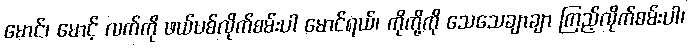
မောင်၊ မောင့် လက်ကို ဖယ်ပစ်လိုက်စမ်းပါ မောင်ရယ်၊ ကိုကို့ကို သေသေချာချာ ကြည့်လိုက်စမ်းပါ၊